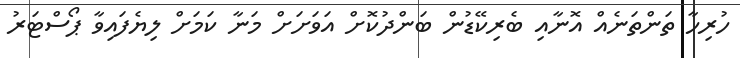
ހުރިހާ ތަންތަނެއް އޮނާއި ބެރިކޭޑުން ބަންދުކޮށް އަވަށަށް މަނާ ކަމަށް ލިޔެފައިވާ ޕޯސްޓަރު